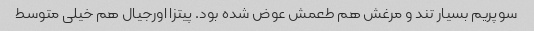
سوپریم بسیار تند و مرغش هم طعمش عوض شده بود. پیتزا اورجیال هم خیلی متوسط